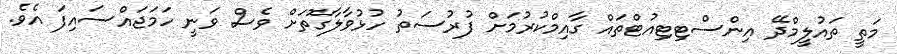
މަތީ ތައުލީމްދޭ އިންސްޓިޓިއުޓްތައް ގާއިމްކުރުމަށް ފުރުސަތު ހުޅުވާލާގޮތަށް ވެސް ވަނީ ހަމަޖައްސައިފަ އެވެ.